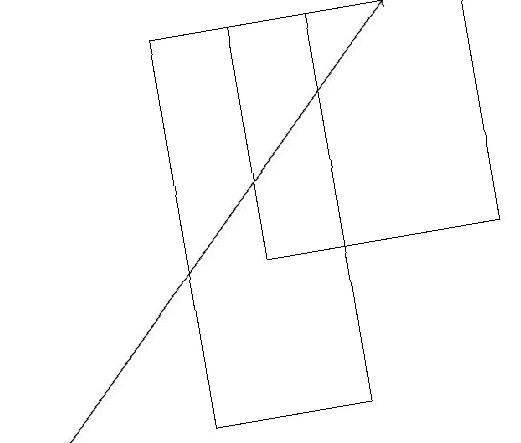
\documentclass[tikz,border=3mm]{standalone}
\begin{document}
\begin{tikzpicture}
\draw[->] (2,13) -- (7,18);
\draw (4,18) rectangle (6,13);
\draw (5,18) rectangle (8,15);
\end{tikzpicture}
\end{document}